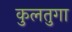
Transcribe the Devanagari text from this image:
कुलतुगा